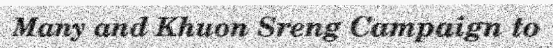
Many and Khuon Sreng Campaign to